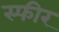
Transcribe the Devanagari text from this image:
स्फीर